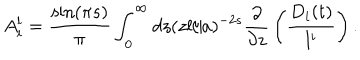
A _ { i } ^ { l } = { \frac { \sin ( \pi s ) } { \pi } } \int _ { 0 } ^ { \infty } d z ( z l / a ) ^ { - 2 s } { \frac { \partial } { \partial z } } \left( { \frac { D _ { i } ( t ) } { l ^ { i } } } \right) .